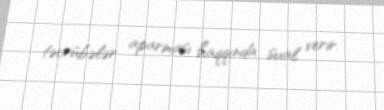
təcrübələr aparması haqqında sual verir.